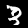
Label: 3